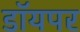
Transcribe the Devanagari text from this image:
डॉयपर